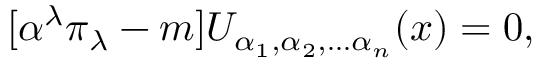
\lbrack \alpha ^ { \lambda } \pi _ { \lambda } - m ] U _ { \alpha _ { 1 } , \alpha _ { 2 } , \ldots \alpha _ { n } } ( x ) = 0 ,